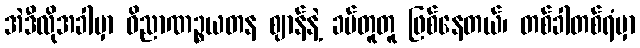
အဲဒီလိုအခါမှာ ဝိညာဏဉ္စယတန ဈာန်နဲ့ ခပ်တူတူ ဖြစ်နေတယ်၊ တစ်ခါတစ်ရံမှာ